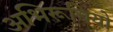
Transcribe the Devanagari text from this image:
अभिरूचियो